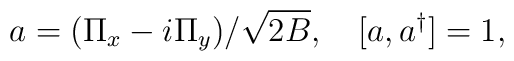
a=(\Pi_x-i \Pi_y)/\sqrt{2B}, \ \ \ [a,a^{\dagger}]=1,